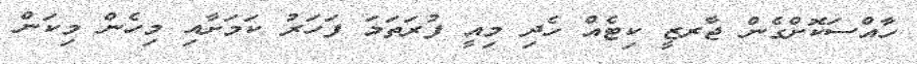
ހާއްސަކޮށްގެން ޖާރޒީ ކިޓެއް ހެދި މިއީ ފުރަތަމަ ފަހަރު ކަމަށާއި މިހެން މިކަން